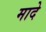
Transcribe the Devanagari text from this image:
मादे